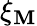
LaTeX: \xi_{\mathbf{M}}